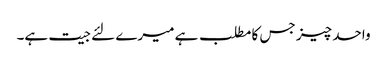
واحد چیز جس کا مطلب ہے میرے لئے جیت ہے۔